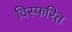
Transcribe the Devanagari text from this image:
विस्फरित